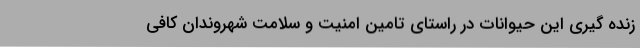
زنده ‌گیری این حیوانات در راستای تامین امنیت و سلامت شهروندان کافی